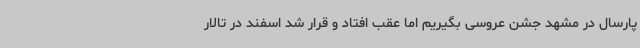
پارسال در مشهد جشن عروسی بگیریم اما عقب افتاد و قرار شد اسفند در تالار